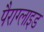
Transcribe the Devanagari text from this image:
पैराग्लाइड